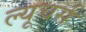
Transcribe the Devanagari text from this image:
ल्यूचर्स